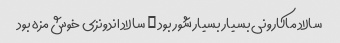
سالاد ماکارونی بسیار بسیار شور بود … سالاد اندونزی خوش مزه بود